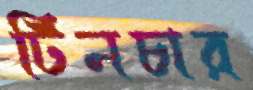
টিনচার